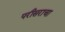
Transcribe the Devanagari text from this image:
परीसराचा